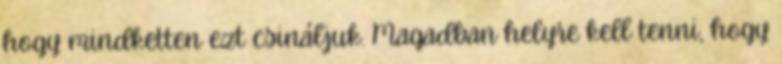
hogy mindketten ezt csináljuk. Magadban helyre kell tenni, hogy